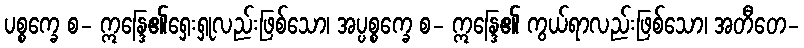
ပစ္စက္ခေ စ- ဣန္ဒြေ၏ရှေးရှုလည်းဖြစ်သော၊ အပ္ပစ္စက္ခေ စ- ဣန္ဒြေ၏ ကွယ်ရာလည်းဖြစ်သော၊ အတီတေ-